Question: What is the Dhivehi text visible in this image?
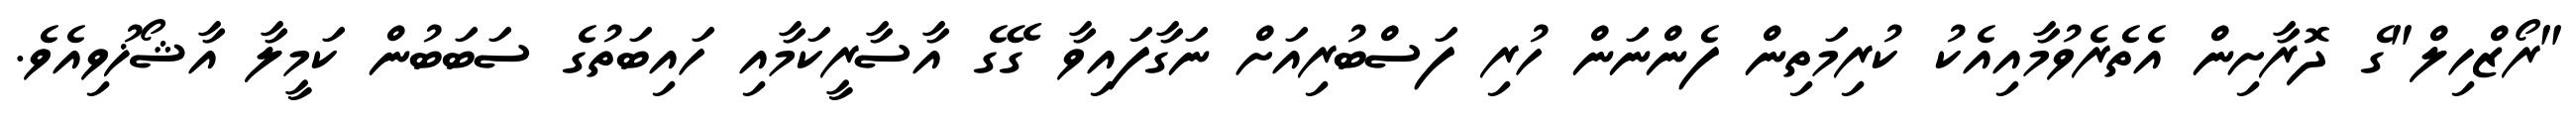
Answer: "ރޯޒްހިލް"ގެ ދޮރާށިން އެތެރެވުމާއިއެކު ކުރިމަތިން ފެންނަން ހުރި ފަސްބުރިއަށް ނަގާފައިވާ ގޭގެ އާސާރީކަމާއި ހައިބަތުގެ ސަބަބުން ކަމީލާ އާޝޯޚުވިއެވެ.